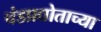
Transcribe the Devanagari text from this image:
चंडप्रद्योताच्या